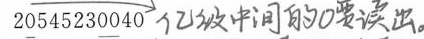
2\underline{0}54523\underline{00}40 ##亿级中间的0要读出。##